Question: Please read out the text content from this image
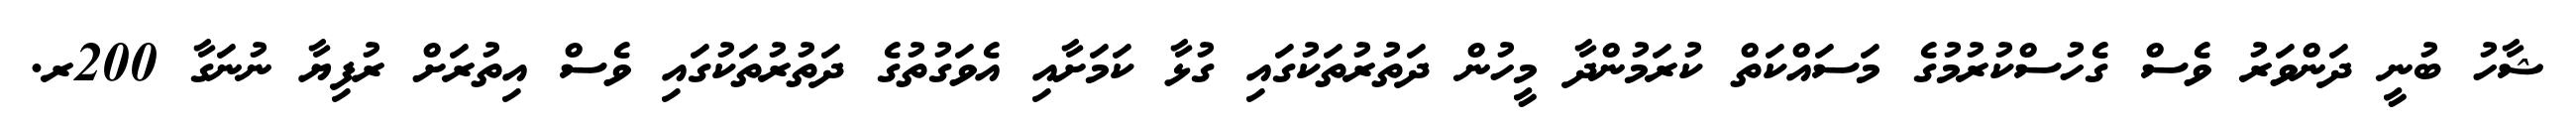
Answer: ޝާހު ބުނީ ދަންވަރު ވެސް ގެހުސްކުރުމުގެ މަސައްކަތް ކުރަމުންދާ މީހުން ދަތުރުތަކުގައި ގުޅާ ކަމަށާއި އެވަގުތުގެ ދަތުރުތަކުގައި ވެސް އިތުރަށް ރުފިޔާ ނުނަގާ 200ރ.